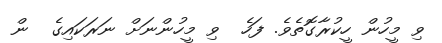
ވި މީހުން ހީކުރާގޮތެވެ. ފަހެ  ވި މީހުންނަށް ނަރަކައިގެ  ން